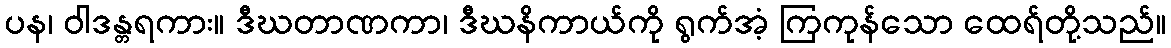
ပန၊ ဝါဒန္တရကား။ ဒီဃတာဏကာ၊ ဒီဃနိကာယ်ကို ရွက်အံ့ ကြကုန်သော ထေရ်တို့သည်။